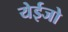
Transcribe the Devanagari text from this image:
येईजो